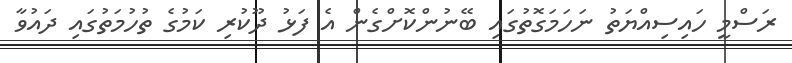
ރަސްމީ ހައިސިއްޔަތު ނަހަމަގޮތުގައި ބޭނުންކޮށްގެން އެ ފަޅު ދޫކުރި ކަމުގެ ތުހުމަތުގައި ދައުވާ